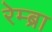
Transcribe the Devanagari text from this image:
रेम्ब्रा